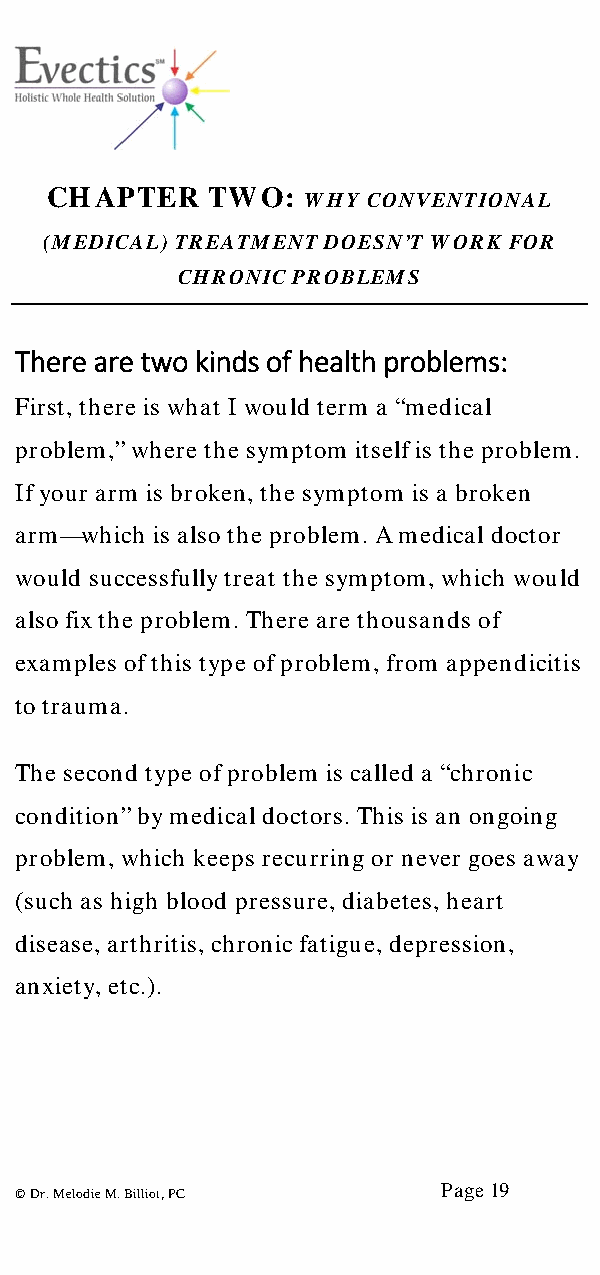
CHAPTER    TWO:
 WHY CONVENTIONAL
 (MEDICAL) TREATMENT DOESN’T WORK FOR
 CHRONIC PROBLEMS
 There are two kinds of health problems:
 First, there is what I would term a “medical
 problem,” where the symptom itself is the problem.
 If your arm is broken, the symptom is a broken
 arm—which is also the problem. A medical doctor
 would successfully treat the symptom, which would
 also fix the problem. There are thousands of
 examples of this type of problem, from appendicitis
 to trauma.
 The second type of problem is called a “chronic
 condition” by medical doctors. This is an ongoing
 problem, which keeps recurring or never goes away
 (such as high blood pressure, diabetes, heart
 disease, arthritis, chronic fatigue, depression,
 anxiety, etc.).
 Page 19
 © Dr. Melodie M. Billiot, PC